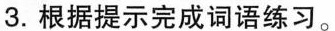
3.根据提示完成词语练习。